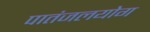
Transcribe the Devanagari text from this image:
पातंजलयोग